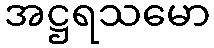
အဋ္ဌရသမော